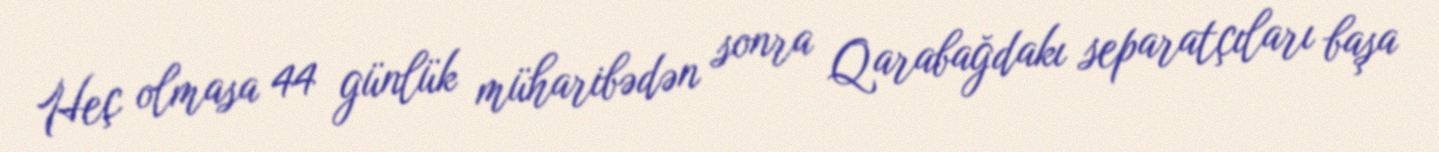
Heç olmasa 44 günlük müharibədən sonra Qarabağdakı separatçıları başa